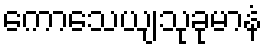
ကောသေယျသုခုမာနံ